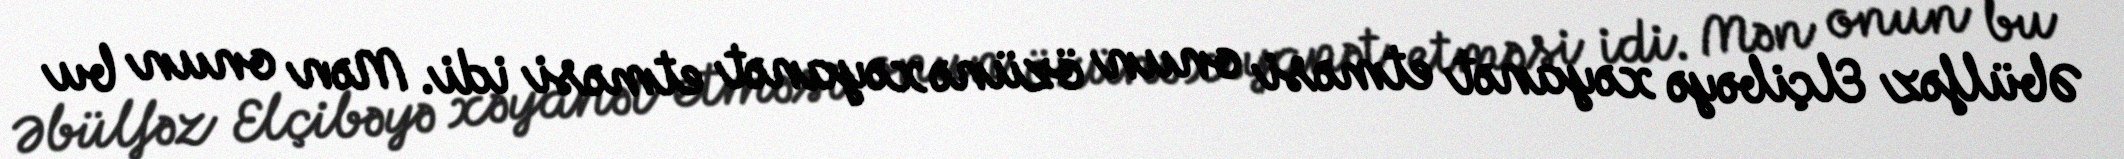
Əbülfəz Elçibəyə xəyanət etməsi onun özünə xəyanət etməsi idi. Mən onun bu